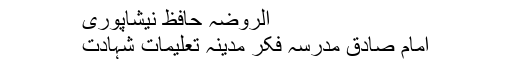
الروضہ حافظ نیشاپوری
امام صادق مدرسہ فکر مدینہ تعلیمات شہادت